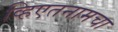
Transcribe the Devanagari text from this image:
व्हिएतनामचा